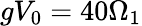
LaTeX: gV_{0}=40\Omega_{1}